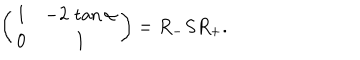
\left( \begin{matrix} { { 1 } } & { { - 2 \, \tan \alpha } } \\ { { 0 } } & { { 1 } } \\ \end{matrix} \right) = R _ { - } S R _ { + } .